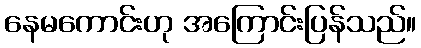
နေမကောင်းဟု အကြောင်းပြန်သည်။